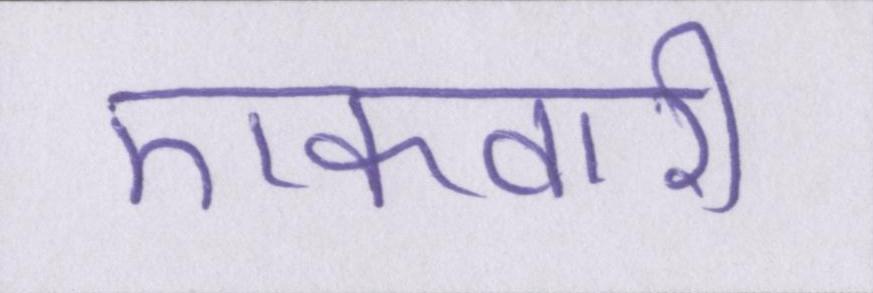
एकवारी